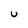
Character: U